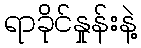
ရာခိုင်နှုန်းနဲ့